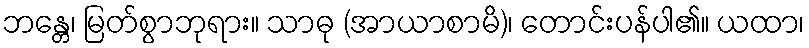
ဘန္တေ၊ မြတ်စွာဘုရား။ သာဓု (အာယာစာမိ)၊ တောင်းပန်ပါ၏။ ယထာ၊